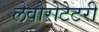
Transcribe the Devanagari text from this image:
लेवोरोटेटरी